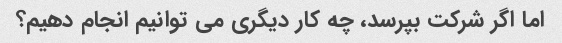
اما اگر شرکت بپرسد، چه کار دیگری می توانیم انجام دهیم؟